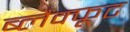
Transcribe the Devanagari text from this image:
ब्लैक्फूट